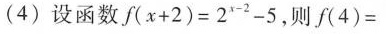
(4)设函数 $$f ( x + 2 ) = 2 ^ { x - 2 } - 5$$，则$$f ( 4 ) =$$